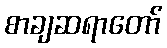
စာချဆရာတော်